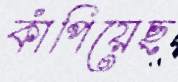
কাঁপিয়েছ